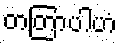
တတြာပါဟံ